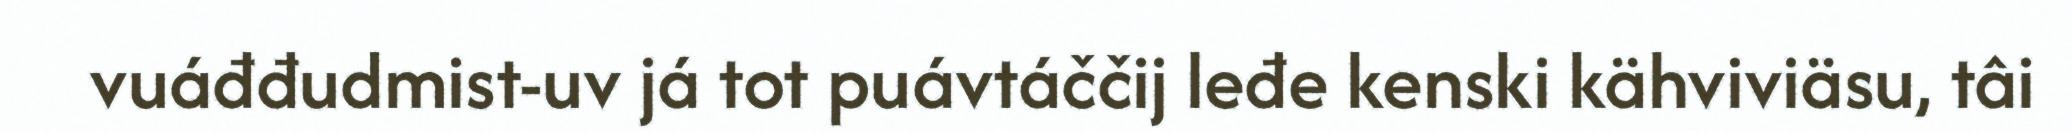
vuáđđudmist-uv já tot puávtáččij leđe kenski kähviviäsu, tâi